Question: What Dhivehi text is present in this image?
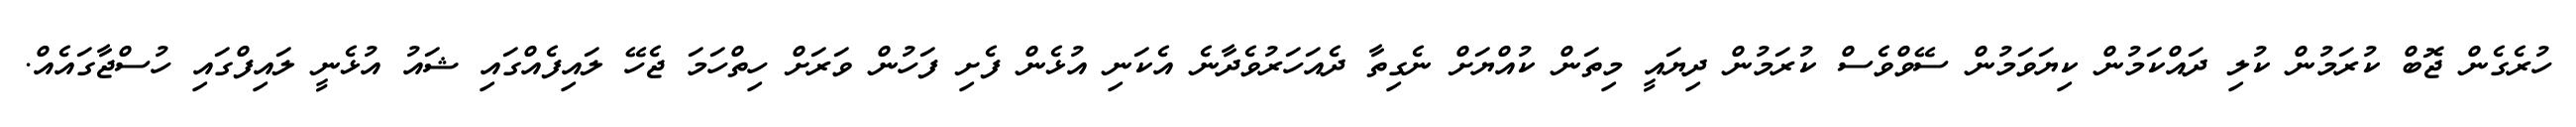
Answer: ހުރެގެން ޖޮބް ކުރަމުން ކުލި ދައްކަމުން ކިޔަވަމުން ސޭވްވެސް ކުރަމުން ދިޔައީ މިތަން ކުއްޔަށް ނެގިތާ ދެއަހަރުވެދާނެ އެކަނި އުޅެން ފެށި ފަހުން ވަރަށް ހިތްހަމަ ޖެހޭ ލައިފެއްގައި ޝައު އުޅެނީ ލައިފްގައި ހުސްޖާގައެއް.